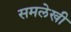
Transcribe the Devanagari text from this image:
समलेखी